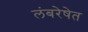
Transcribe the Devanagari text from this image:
लंबरेषेत